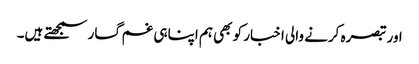
اور تبصرہ کرنے والی اخبار کو بھی ہم اپناہی غم گسار سمجھتے ہیں۔